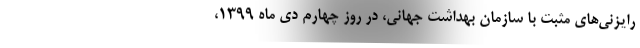
رایزنی‌های مثبت با سازمان بهداشت جهانی، در روز چهارم دی ماه ۱۳۹۹،